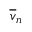
\overline { { v } } _ { n }